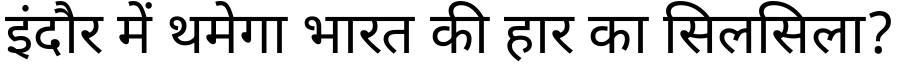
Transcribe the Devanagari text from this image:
इंदौर में थमेगा भारत की हार का सिलसिला?